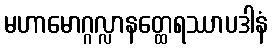
မဟာမောဂ္ဂလ္လာနတ္ထေရဿာပဒါနံ